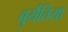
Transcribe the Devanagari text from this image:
बुर्यतिया